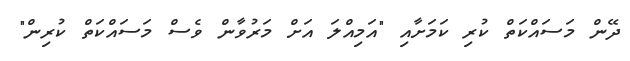
ދޭން މަސައްކަތް ކުރި ކަމަށާއި "އަމިއްލަ އަށް މަރުވާން ވެސް މަސައްކަތް ކުރިން"